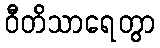
ဝီတိသာရေတွာ